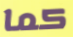
كما